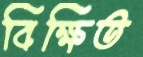
বিক্ষিত